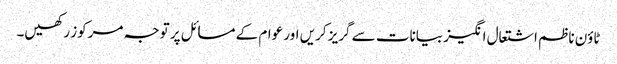
ٹاؤن ناظم اشتعال انگیز بیانات سے گریز کریں اور عوام کے مسائل پر توجہ مرکوز رکھیں۔